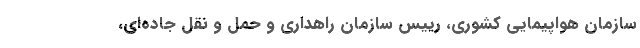
سازمان هواپیمایی کشوری، رییس سازمان راهداری و حمل و نقل جاده‌ای،